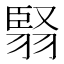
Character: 𮋅